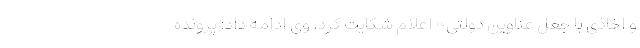
و اخاذی با جعل عناوین دولتی» اعلام شکایت کرد. وی ادامه داد: پرونده